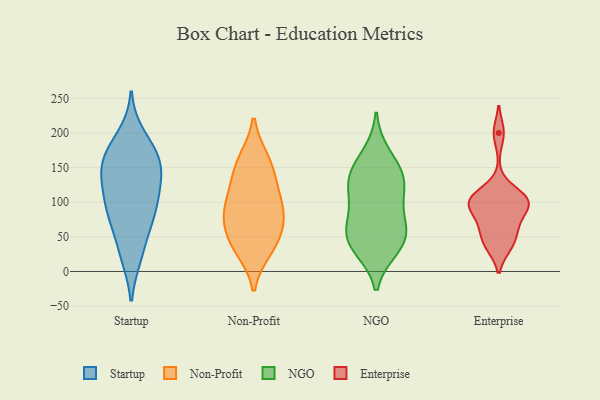
{"axis": {"x": "Customer Acquisition Cost (USD)", "y": "Value"}, "legend": ["Enterprise", "NGO", "Non-Profit", "Startup"], "data": [{"x": "", "y": 72, "type": "Startup"}, {"x": "", "y": 195, "type": "Startup"}, {"x": "", "y": 137, "type": "Startup"}, {"x": "", "y": 136, "type": "Startup"}, {"x": "", "y": 111, "type": "Startup"}, {"x": "", "y": 93, "type": "Startup"}, {"x": "", "y": 84, "type": "Startup"}, {"x": "", "y": 173, "type": "Startup"}, {"x": "", "y": 167, "type": "Startup"}, {"x": "", "y": 27, "type": "Startup"}, {"x": "", "y": 157, "type": "Startup"}, {"x": "", "y": 165, "type": "Startup"}, {"x": "", "y": 23, "type": "Startup"}, {"x": "", "y": 130, "type": "Startup"}, {"x": "", "y": 79, "type": "Startup"}, {"x": "", "y": 37, "type": "Non-Profit"}, {"x": "", "y": 69, "type": "Non-Profit"}, {"x": "", "y": 132, "type": "Non-Profit"}, {"x": "", "y": 127, "type": "Non-Profit"}, {"x": "", "y": 162, "type": "Non-Profit"}, {"x": "", "y": 31, "type": "Non-Profit"}, {"x": "", "y": 98, "type": "Non-Profit"}, {"x": "", "y": 78, "type": "Non-Profit"}, {"x": "", "y": 96, "type": "Non-Profit"}, {"x": "", "y": 161, "type": "Non-Profit"}, {"x": "", "y": 42, "type": "Non-Profit"}, {"x": "", "y": 77, "type": "Non-Profit"}, {"x": "", "y": 129, "type": "NGO"}, {"x": "", "y": 34, "type": "NGO"}, {"x": "", "y": 102, "type": "NGO"}, {"x": "", "y": 44, "type": "NGO"}, {"x": "", "y": 123, "type": "NGO"}, {"x": "", "y": 79, "type": "NGO"}, {"x": "", "y": 63, "type": "NGO"}, {"x": "", "y": 140, "type": "NGO"}, {"x": "", "y": 142, "type": "NGO"}, {"x": "", "y": 56, "type": "NGO"}, {"x": "", "y": 38, "type": "NGO"}, {"x": "", "y": 169, "type": "NGO"}, {"x": "", "y": 200, "type": "Enterprise"}, {"x": "", "y": 104, "type": "Enterprise"}, {"x": "", "y": 63, "type": "Enterprise"}, {"x": "", "y": 102, "type": "Enterprise"}, {"x": "", "y": 37, "type": "Enterprise"}, {"x": "", "y": 100, "type": "Enterprise"}, {"x": "", "y": 114, "type": "Enterprise"}, {"x": "", "y": 97, "type": "Enterprise"}, {"x": "", "y": 40, "type": "Enterprise"}, {"x": "", "y": 88, "type": "Enterprise"}, {"x": "", "y": 65, "type": "Enterprise"}]}